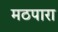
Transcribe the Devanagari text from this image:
मठपारा